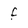
Character: f